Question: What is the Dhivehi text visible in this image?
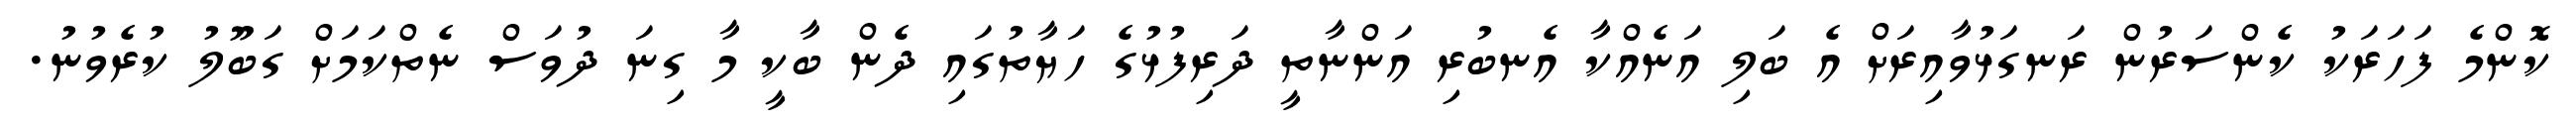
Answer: ކޮންމެ ފަހަރަކު ކެންސަރުން ރަނގަޅުވާއިރަށް އެ ބަލި އަނެއްކާ އެނބުރި އަންނާތީ ދަރިފުޅުގެ ހަޔާތުގައި ދެން ބާކީ މާ ގިނަ ދުވަސް ނެތްކަމަށް ގަބޫލު ކުރެވުނު.